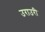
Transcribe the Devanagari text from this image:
उराउरी